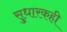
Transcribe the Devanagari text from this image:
सुधारकही